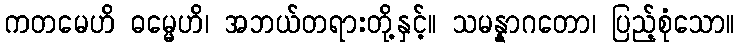
ကတမေဟိ ဓမ္မေဟိ၊ အဘယ်တရားတို့နှင့်။ သမန္နာဂတော၊ ပြည့်စုံသော။